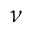
\nu